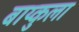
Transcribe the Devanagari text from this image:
बाय्कुला